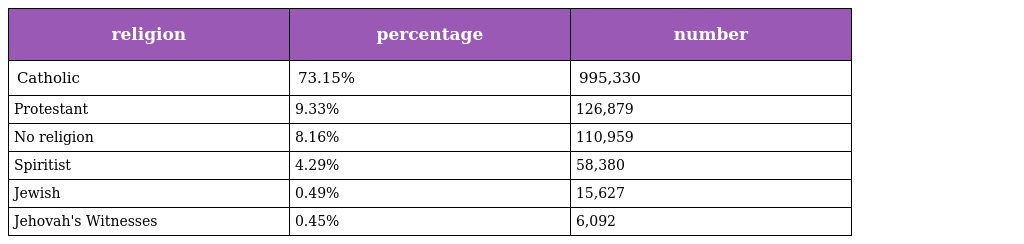
| religion | percentage | number |
 | --- | --- | --- |
 | Catholic | 73.15% | 995,330 |
 | Protestant | 9.33% | 126,879 |
 | No religion | 8.16% | 110,959 |
 | Spiritist | 4.29% | 58,380 |
 | Jewish | 0.49% | 15,627 |
 | Jehovah's Witnesses | 0.45% | 6,092 |